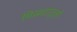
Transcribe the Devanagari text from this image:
मिस्रधातुओं